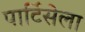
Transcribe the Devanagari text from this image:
पार्टिसेला